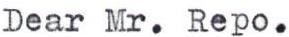
Dear Mr. Repo.